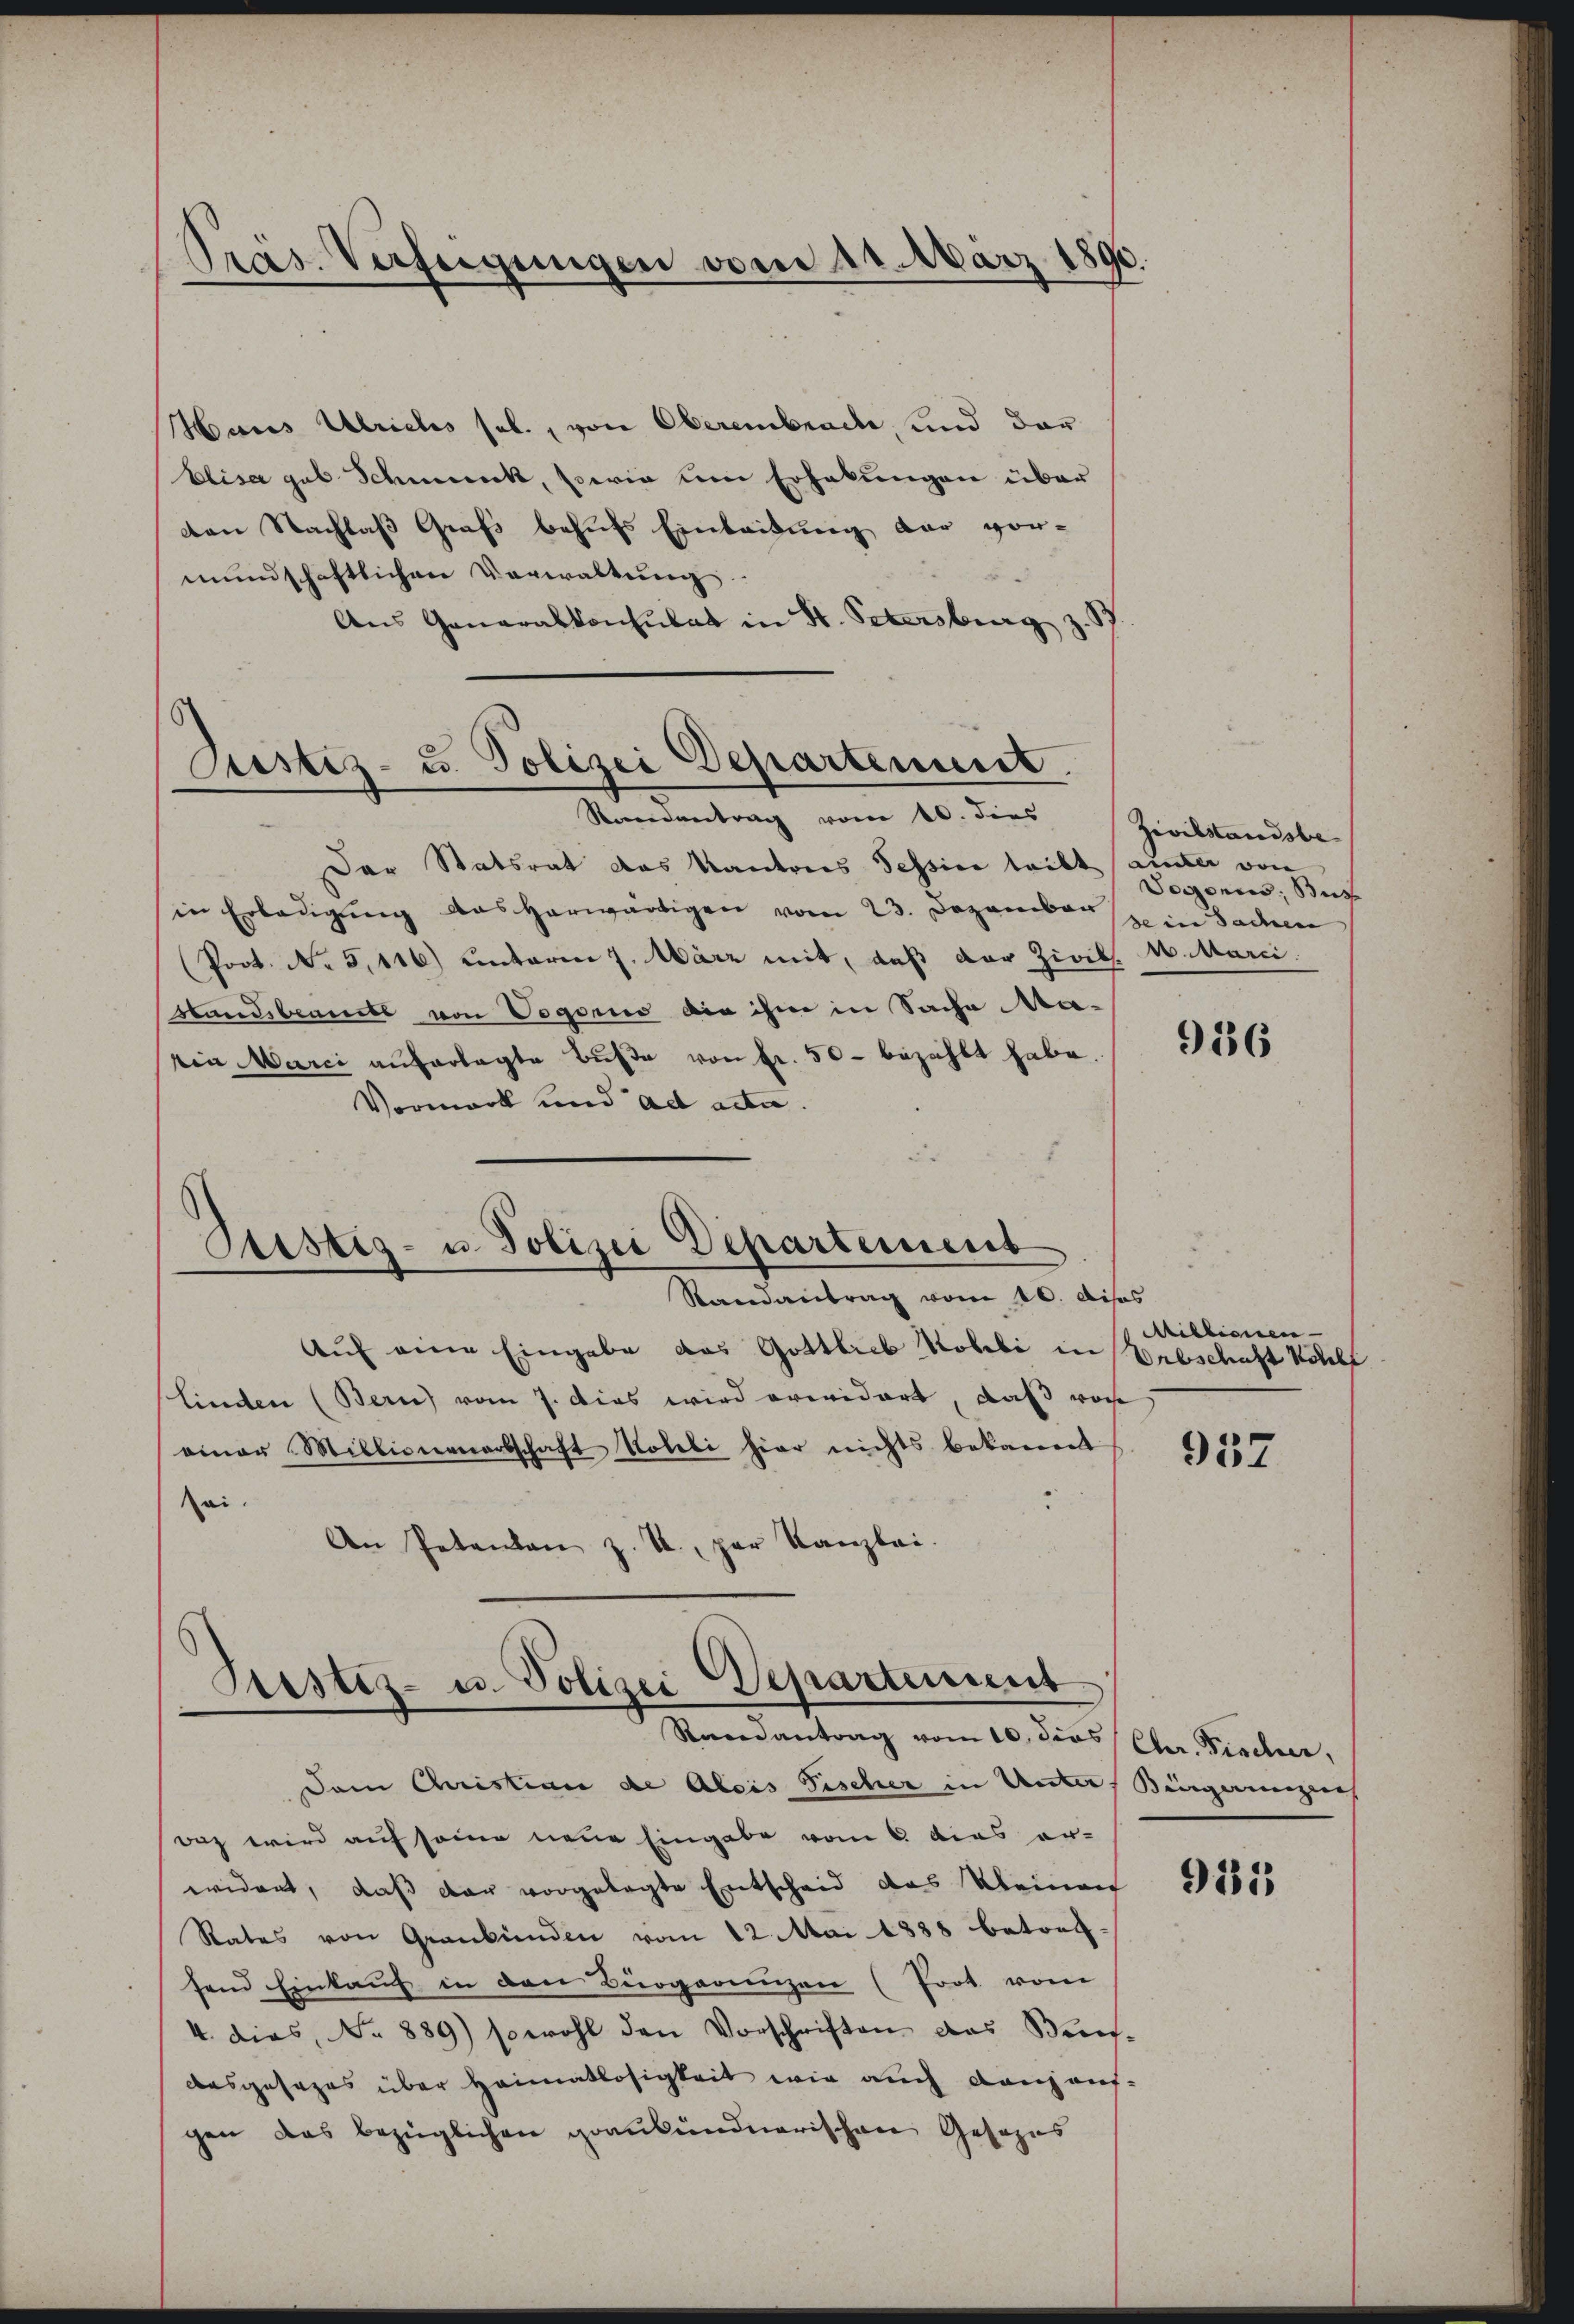
Präs. Verfeigungen vom 11. März

Haus Ulrichs sel., von Oberembrache, und dar
Elisa gab Schmuck, sowie um Erhebungen über
den Nachlaß Grafs behufs Einleidung der vor-
mundschaftlichen Verwaltung
Ans Generalkonsulat in St. Petersburg z.

Justiz- u. Polizei Departenunt
Randantrag vom 10. dies Zivilstandsbe

Custiz- u. Polizei Departement
Randantrag vom 10. disos

Der Statsrat das Kantones Tessier leibt ainter von
in Erbaŭgŭng das herwärtigen vom 23. Dezember in Sachen
(Poot. No 5,116) unterm 7. März mit, daß der Zivils. 1. Marci
Standsbeamte von Vogoris die ihm in Sache Ma-
vin Marci auferlegte Bŭβe von fr. 50 - bezahlt habe.
Vormark und ad acta.
Auf eine Eingabe das Gottlieb Kobli in
Linden (Bern) vom 7. dies wird erwidert, daß von
einer Millionenartschaft Noteli hier nichts bekannt
Rei
An Petenten z. R., par Kanzlei.
Pristiz- u. Polizei Departement
Randantrag vom 10. dies Cher. Fischer,
Dem Christian de Alois Fischer in Unter, Bürgeringen
daz wird auf seine neue Eingabe vom 6 dies er-
widert, daß der vorgelegte Entscheid das Kleinen
Rates von Graubünden vom 12. Mai 1888 betref-
fend Einkauf in den Bürgerungen (Prot vom
4. dies, No 889) sowohl den Vorschriften das Beis-
desgesezes über Heimatlosigkeit wie auch dans aufgen das bezüglichen graubündnerischen Gesezes

Dogonis, Buch

9186

Millionen
Orbschaft Wohlt

957

985